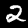
Label: 2